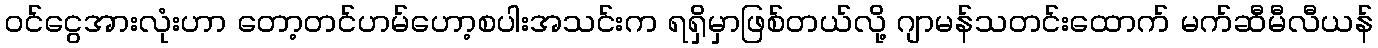
ဝင်ငွေအားလုံးဟာ တော့တင်ဟမ်ဟော့စပါးအသင်းက ရရှိမှာဖြစ်တယ်လို့ ဂျာမန်သတင်းထောက် မက်ဆီမီလီယန်